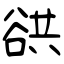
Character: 谼